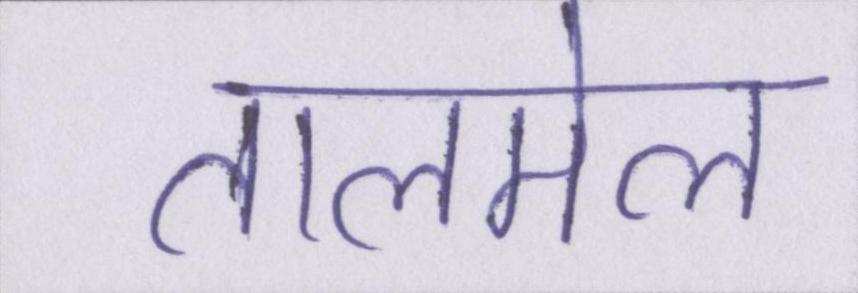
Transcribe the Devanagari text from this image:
तालमेल